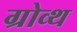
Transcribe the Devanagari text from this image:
ग्रोव्थ